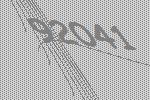
92041